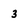
Character: 3